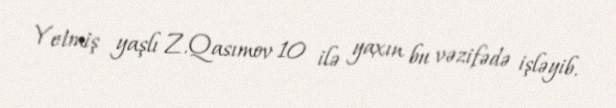
Yetmiş yaşlı Z.Qasımov 10 ilə yaxın bu vəzifədə işləyib.